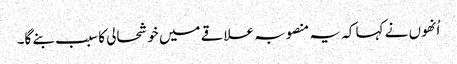
اُنھوں نے کہا کہ یہ منصوبہ علاقے میں خوشحالی کا سبب بنے گا۔